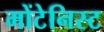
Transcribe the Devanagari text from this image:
मोंटेनिस्ट